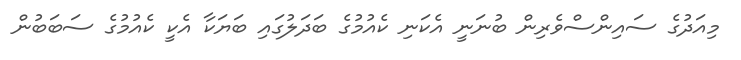
މިއަދުގެ ސައިންސްވެރިން ބުނަނީ އެކަނި ކެއުމުގެ ބަދަލުގައި ބަޔަކާ އެކީ ކެއުމުގެ ސަބަބުން